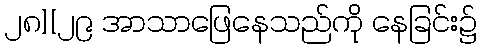
၂၈][၂၉ အာသာဖြေနေသည်ကို နေခြင်း၌